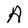
Character: A